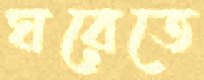
ঘরেতে